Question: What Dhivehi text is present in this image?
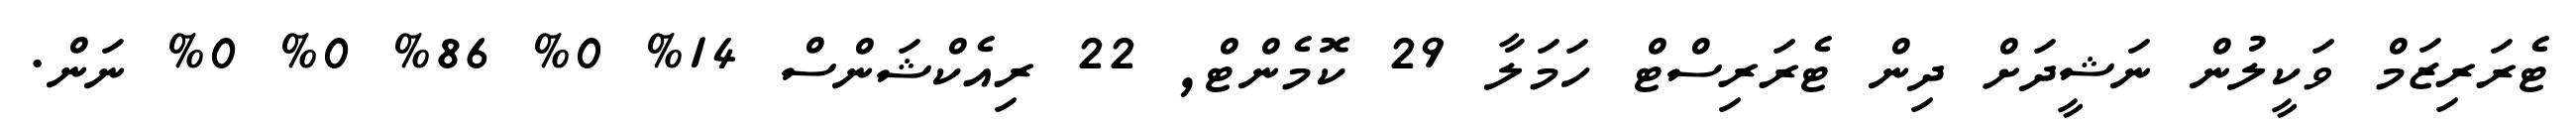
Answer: ޓެރަރިޒަމް ވަކީލުން ނަޝީދަށް ދިން ޓެރަރިސްޓް ހަމަލާ 29 ކޮމެންޓް, 22 ރިއެކްޝަންސް 14% 0% 86% 0% 0% ނަން.